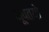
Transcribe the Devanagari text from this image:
भूपतयो